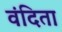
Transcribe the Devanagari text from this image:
वंदिता